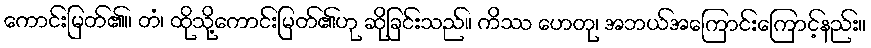
ကောင်းမြတ်၏။ တံ၊ ထိုသို့ကောင်းမြတ်၏ဟု ဆိုခြင်းသည်။ ကိဿ ဟေတု၊ အဘယ်အကြောင်းကြောင့်နည်း။